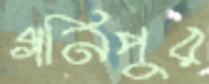
গনিপুর